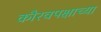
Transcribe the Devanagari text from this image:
कौरवपक्षाच्या